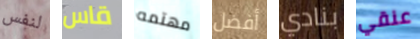
لنفس قاس مهتمه أفضل بنادي عنقي